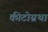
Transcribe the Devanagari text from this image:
कीटोग्नथा